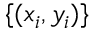
\{ ( x _ { i } , y _ { i } ) \}